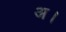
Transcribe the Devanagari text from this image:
अ।